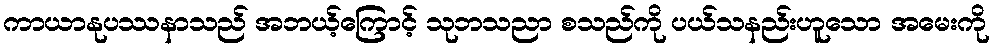
ကာယာနုပဿနာသည် အဘယ့်ကြောင့် သုဘသညာ စသည်ကို ပယ်သနည်းဟူသော အမေးကို